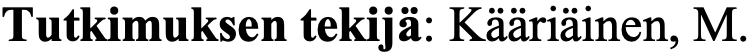
Tutkimuksen tekijä: Kääriäinen, M.